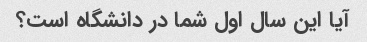
آیا این سال اول شما در دانشگاه است؟